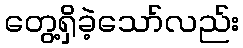
တွေ့ရှိခဲ့သော်လည်း